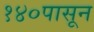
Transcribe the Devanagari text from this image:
१४०पासून